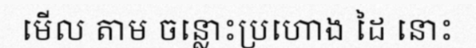
មើល តាម ចន្លោះប្រហោង ដៃ នោះ